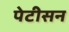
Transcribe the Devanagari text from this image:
पेटीसन